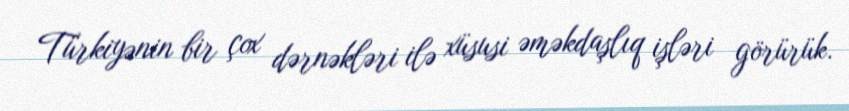
Türkiyənin bir çox dərnəkləri ilə xüsusi əməkdaşlıq işləri görürük.